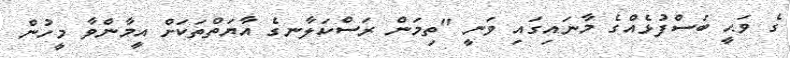
ގެ ވަޙީ ބަސްފުޅެއްގެ މާނައިގައި ވަނީ "ތިމަން ރަސްކަލާނގެ އާޔަތްތަކަށް އީމާންވާ މީހުން